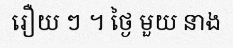
រឿយ ៗ ។ ថ្ងៃ មួយ នាង